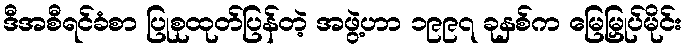
ဒီအစီရင်ခံစာ ပြုစုထုတ်ပြန်တဲ့ အဖွဲ့ဟာ ၁၉၉၇ ခုနှစ်က မြေမြှုပ်မိုင်း